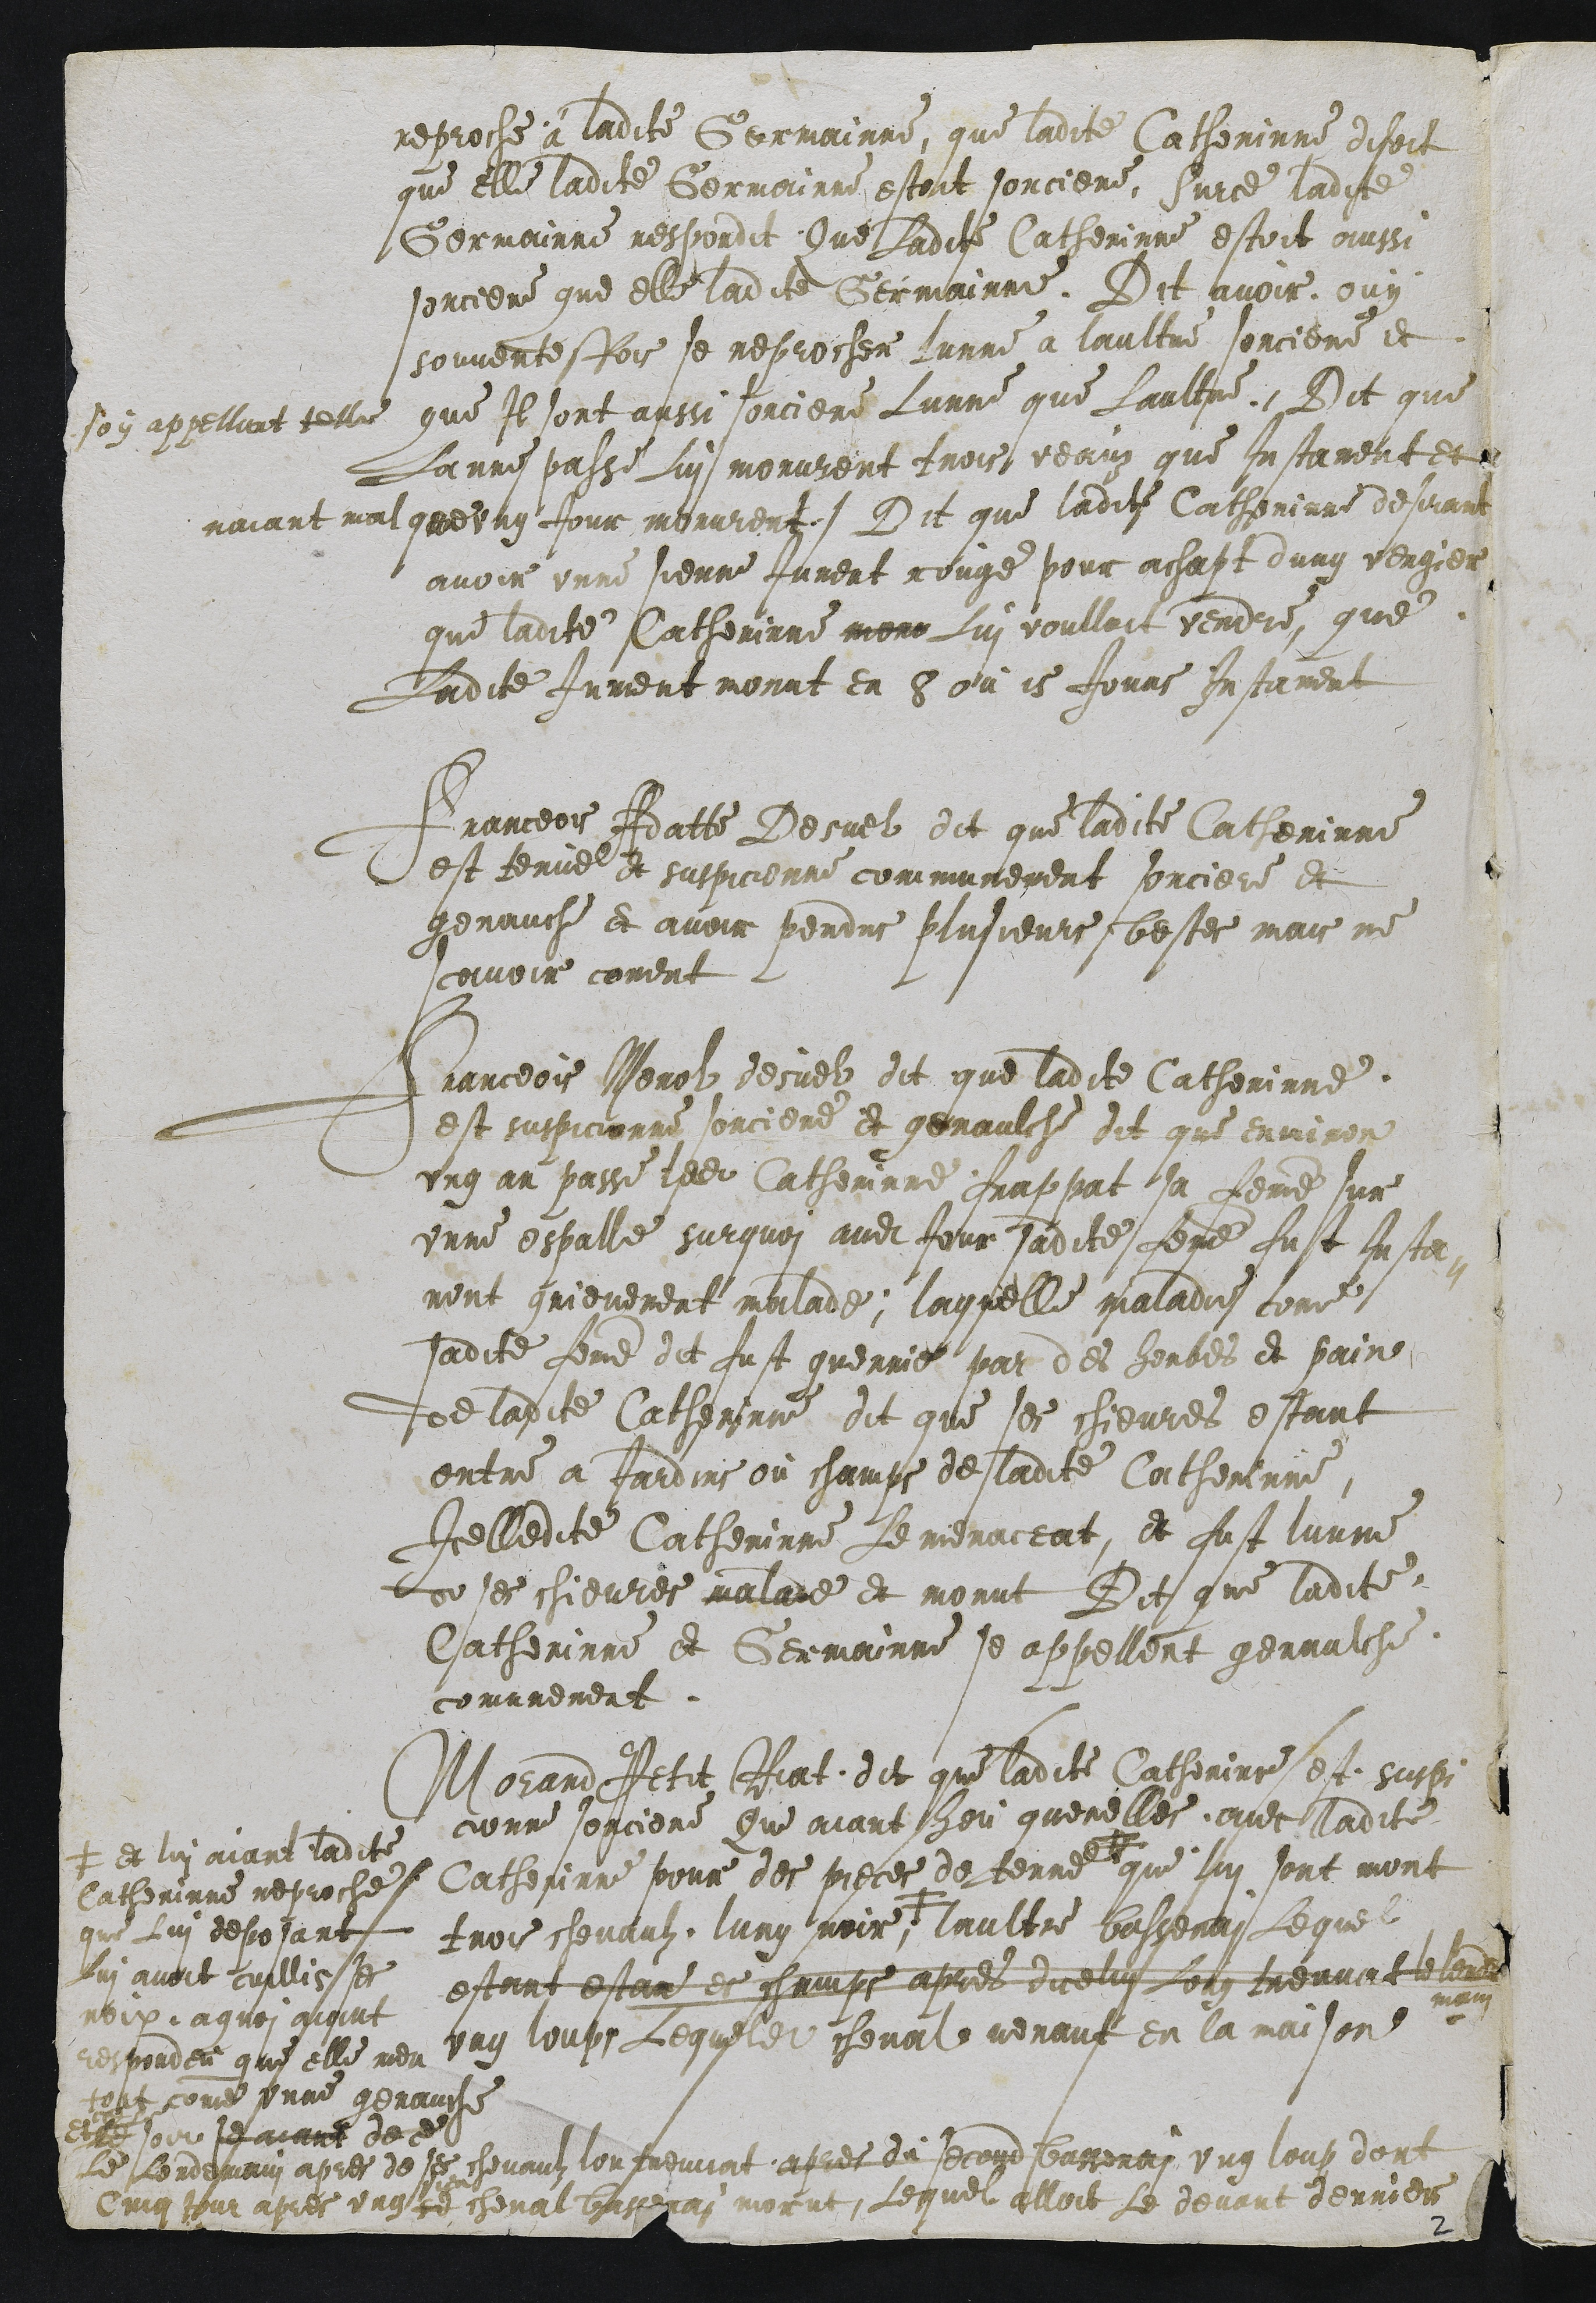
reproche à ladite Germainne, que ladite Catherinne disoit
que elle ladite Germainne estoit sorciere. Surce ladite
Germainne respondit Que Ladite Catherinne estoit aussi
sorciere que elle ladite Germainne. Dit avoir ouy
souventesfois se reprocher Lunne a laultre sorciere et
soy appellant telle que Il sont ausse sorciere Lunne que Laultre. Dit que
Lanne passe Lui morurent trois veauz que Instament et
naiant mal que ung Jour morurent. Dit que ladite Catherinne desirant
avoir unne sienne Jument rouge pour achapt dung vergier
que ladite Catherinne moru Lui voulloit vendre que
Ladite Jument morut en 8 ou 15 Jours Instament
Franceois Adatte Desuel dit que ladite Catherinne
est tenue et suspicionne communement sorciere et
genauche et avoir perdus plusieurs bestes mais ne
scavoir coment
Franceois Merol desuel dit que ladite Catherinne
est suspicionne sorciere et genaulche dit que environ
ung an passe ladite Catherinne frappat sa femme sur
unne espalle surquoi audit Jour sadite femme fust Insta-
ment grievement malade; laquelle maladie come
sadite femme dit fust guerrie par des herbes et pain
de ladite Catherinne dit que ses chievres estant
entre a Jardins ou champs de ladite Catherinne,
Icelledite Catherinne Le menaceat, et fust lunne
de ses chevres malade et morut Dit que ladite
Catherinne et Germainne se appellent genaulche
comunement.
Morand Petit Riat dit que ladite Catherine est supi
cionne sorciere Que aiant heu querelles avec ladite
Catherine pour des pieces de terre +
+ et lui aiant ladite
Catherinne reproche
que Lui deposant
Lui avoir cuillis ses
noix, a quoi aiant
respondeu que elle men
toit comme une genauche
que Lui sont mort
trois chevaulz lung noir, # laultre bassenai Lequel
estant ester es champs apres dicelui Long treuvat le lende
main
ung loups Lequeldit cheval venant en la maison
Et ce soir se aiant de ce
Le Lendemain apres de ses chevaulz lon treuvat apres du second bassenai ung loup dont
Cinq jour apres ung se sien cheval bassenai morut, Lequel alloit Le devant derrier